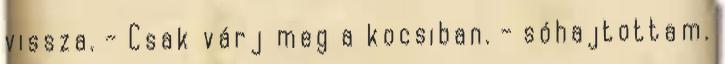
vissza. - Csak várj meg a kocsiban. - sóhajtottam.